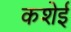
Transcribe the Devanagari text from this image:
कशेई